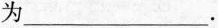
为___.